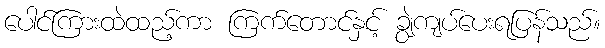
ပေါင်ကြားထဲထည့်ကာ ကြက်တောင်နှင့် ချွဲကျပ်ပေးရပြန်သည်။